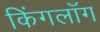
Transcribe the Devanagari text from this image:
किंगलाँग